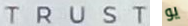
TRUST يو